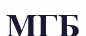
МГБ